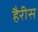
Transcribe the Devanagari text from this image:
हैरीस